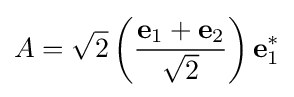
A={\sqrt {2}}\left({\frac {\mathbf {e} _{1}+\mathbf {e} _{2}}{\sqrt {2}}}\right)\mathbf {e} _{1}^{*}